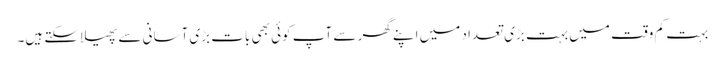
بہت کم وقت میں بہت بڑی تعداد میں اپنے گھر سے آپ کوئی بھی بات بڑی آسانی سے پھیلا سکتے ہیں۔